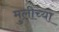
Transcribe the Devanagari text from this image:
मुलीच्‍या